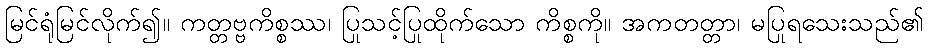
မြင်ရုံမြင်လိုက်၍။ ကတ္တဗ္ဗကိစ္စဿ၊ ပြုသင့်ပြုထိုက်သော ကိစ္စကို။ အကတတ္တာ၊ မပြုရသေးသည်၏